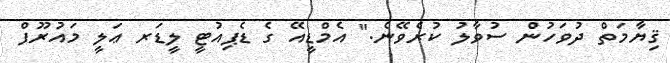
ޤިޔާމަތް ދުވަހުން ސުވާލު ކުރެވޭނެ." އެމްޑީއޭ ގެ ޑެޕިއުޓީ ލީޑަރ ޢަލީ މައުރޫފް